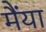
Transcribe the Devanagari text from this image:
मैंया